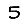
Digit: 5